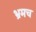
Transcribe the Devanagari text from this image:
भ्रमच